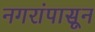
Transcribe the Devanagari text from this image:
नगरांपासून